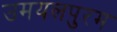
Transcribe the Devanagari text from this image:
उमयलपुरम